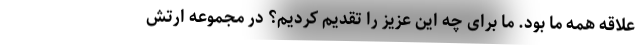
علاقه همه ما بود. ما برای چه این عزیز را تقدیم کردیم؟ در مجموعه ارتش